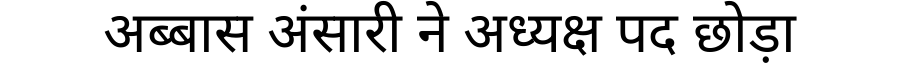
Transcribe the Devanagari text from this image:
अब्बास अंसारी ने अध्यक्ष पद छोड़ा